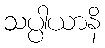
သပ္ပါယာနိ